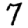
Digit: 7